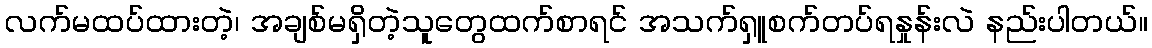
လက်မထပ်ထားတဲ့၊ အချစ်မရှိတဲ့သူတွေထက်စာရင် အသက်ရှူစက်တပ်ရနှုန်းလဲ နည်းပါတယ်။